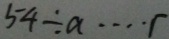
5 4 \div a \cdots r